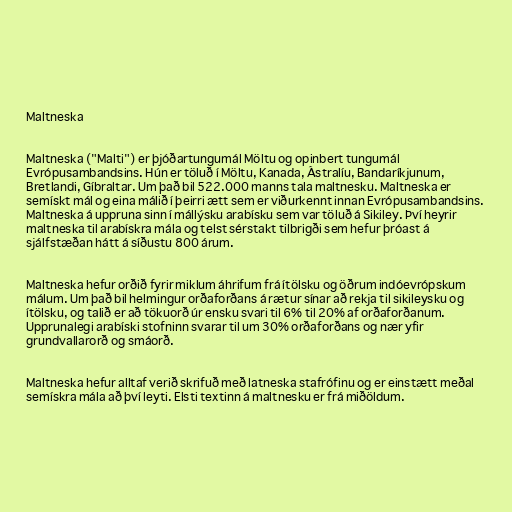
Maltneska

Maltneska ("Malti") er þjóðartungumál Möltu og opinbert tungumál
Evrópusambandsins. Hún er töluð í Möltu, Kanada, Ástralíu, Bandaríkjunum,
Bretlandi, Gíbraltar. Um það bil 522.000 manns tala maltnesku. Maltneska er
semískt mál og eina málið í þeirri ætt sem er viðurkennt innan Evrópusambandsins.
Maltneska á uppruna sinn í mállýsku arabísku sem var töluð á Sikiley. Því heyrir
maltneska til arabískra mála og telst sérstakt tilbrigði sem hefur þróast á
sjálfstæðan hátt á síðustu 800 árum.

Maltneska hefur orðið fyrir miklum áhrifum frá ítölsku og öðrum indóevrópskum
málum. Um það bil helmingur orðaforðans á rætur sínar að rekja til sikileysku og
ítölsku, og talið er að tökuorð úr ensku svari til 6% til 20% af orðaforðanum.
Upprunalegi arabíski stofninn svarar til um 30% orðaforðans og nær yfir
grundvallarorð og smáorð.

Maltneska hefur alltaf verið skrifuð með latneska stafrófinu og er einstætt meðal
semískra mála að því leyti. Elsti textinn á maltnesku er frá miðöldum.